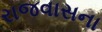
રાજવાસના